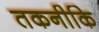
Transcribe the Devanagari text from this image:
तकनीकि